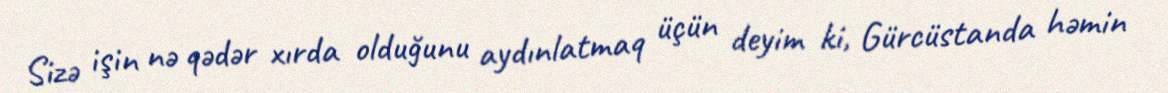
Sizə işin nə qədər xırda olduğunu aydınlatmaq üçün deyim ki, Gürcüstanda həmin